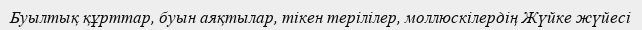
Буылтық құрттар, буын аяқтылар, тікен терілілер, моллюскілердің Жүйке жүйесі